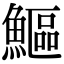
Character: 鰸